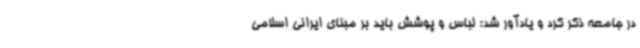
در جامعه ذکر کرد و یادآور شد: لباس و پوشش باید بر مبنای ایرانی اسلامی